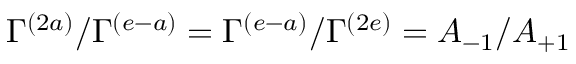
\Gamma ^ { ( 2 a ) } / \Gamma ^ { ( e - a ) } = \Gamma ^ { ( e - a ) } / \Gamma ^ { ( 2 e ) } = A _ { - 1 } / A _ { + 1 }